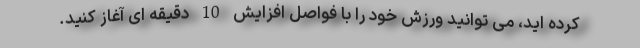
کرده اید، می توانید ورزش خود را با فواصل افزایش 10 دقیقه ای آغاز کنید.